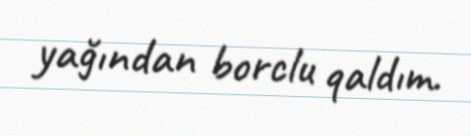
yağından borclu qaldım.